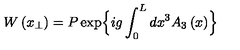
W \left( x _ { \perp } \right) = P \exp \Bigl \{ i g \int _ { 0 } ^ { L } d x ^ { 3 } A _ { 3 } \left( x \right) \Bigr \}